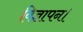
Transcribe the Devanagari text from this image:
विज्ञापन।